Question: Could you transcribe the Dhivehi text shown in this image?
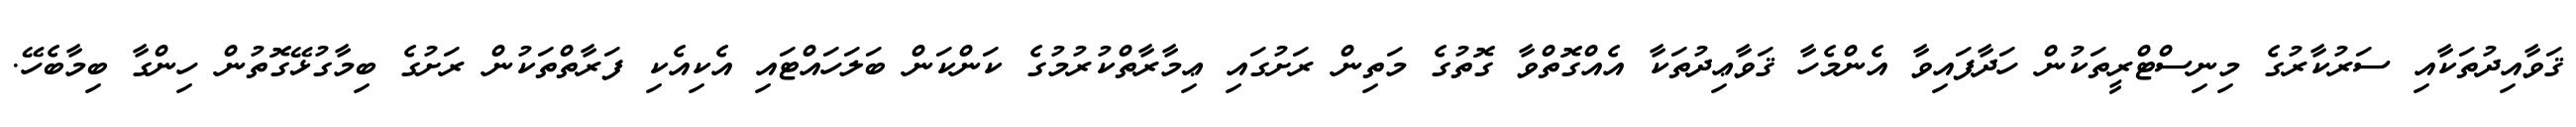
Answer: ޤަވާއިދުތަކާއި ސަރުކާރުގެ މިނިސްޓްރީތަކުން ހަދާފައިވާ އެންމެހާ ޤަވާޢިދުތަކާ އެއްގޮތްވާ ގޮތުގެ މަތިން ރަށުގައި ޢިމާރާތްކުރުމުގެ ކަންކަން ބަލަހައްޓައި އެކިއެކި ފަރާތްތަކުން ރަށުގެ ބިމާގުޅޭގޮތުން ހިންގާ ބިމާބެހޭ.